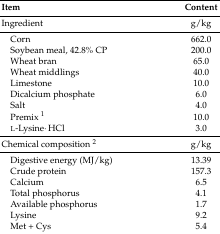
<table><thead><tr><td><b>Item</b></td><td><b>Content</b></td></tr></thead><tbody><tr><td>Ingredient</td><td>g/kg</td></tr><tr><td> Corn</td><td>662.0</td></tr><tr><td> Soybean meal, 42.8% CP</td><td>200.0</td></tr><tr><td> Wheat bran</td><td>65.0</td></tr><tr><td> Wheat middlings</td><td>40.0</td></tr><tr><td> Limestone</td><td>10.0</td></tr><tr><td> Dicalcium phosphate</td><td>6.0</td></tr><tr><td> Salt</td><td>4.0</td></tr><tr><td> Premix <sup>1</sup></td><td>10.0</td></tr><tr><td> l-Lysine·HCl</td><td>3.0</td></tr><tr><td>Chemical composition <sup>2</sup></td><td>g/kg</td></tr><tr><td> Digestive energy (MJ/kg)</td><td>13.39</td></tr><tr><td> Crude protein</td><td>157.3</td></tr><tr><td> Calcium</td><td>6.5</td></tr><tr><td> Total phosphorus</td><td>4.1</td></tr><tr><td> Available phosphorus</td><td>1.7</td></tr><tr><td> Lysine</td><td>9.2</td></tr><tr><td> Met + Cys</td><td>5.4</td></tr></tbody></table>